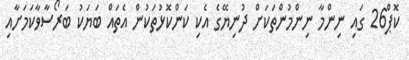
ކޮޕް26 ގައި ނިންމާ ނިންމުންތަކަށް ދުނިޔޭގެ އެކި ކަންކޮޅުތަކުން އެތައް ބަޔަކު ބަރޯސާވާކަމަށާއި